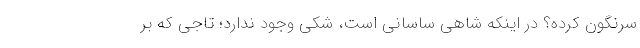
سرنگون کرده؟ در اینکه شاهی ساسانی است، شکی وجود ندارد؛ تاجی که بر